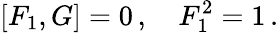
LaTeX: \left[F_{1},G\right]=0\, ,\quad F_{1}^{2}=1\, .